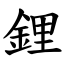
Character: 鋰